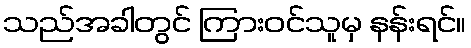
သည်အခါတွင် ကြားဝင်သူမှ နန်းရင်။